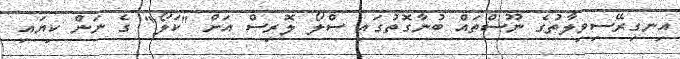
އިނގިރޭސިވިލާތުގެ ނޫސްތައް ބުނާގޮތުގައި ސްލޯ ލޮރިސް އަށް "ކަލޯ" ގެ ނަން ކިޔައި